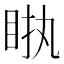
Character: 𥅿